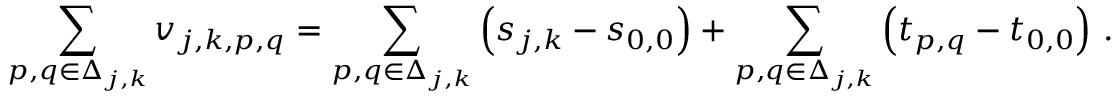
\sum _ { p , q \in \Delta _ { j , k } } \boldsymbol { v } _ { j , k , p , q } = \sum _ { p , q \in \Delta _ { j , k } } \left( \boldsymbol { s } _ { j , k } - \boldsymbol { s } _ { 0 , 0 } \right) + \sum _ { p , q \in \Delta _ { j , k } } \left( \boldsymbol { t } _ { p , q } - \boldsymbol { t } _ { 0 , 0 } \right) \, .